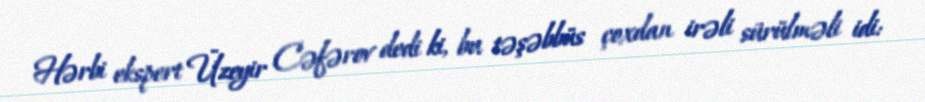
Hərbi ekspert Üzeyir Cəfərov dedi ki, bu təşəbbüs çoxdan irəli sürülməli idi: